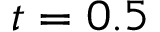
t = 0 . 5